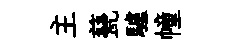
主甆驢幢